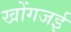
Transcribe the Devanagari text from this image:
खोंगजई